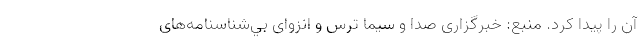
آن را پیدا کرد. منبع: خبرگزاری صدا و سیما ترس و انزوای بي‌شناسنامه‌های